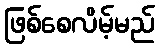
ဖြစ်စေလိမ့်မည်